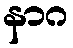
နာဂ